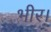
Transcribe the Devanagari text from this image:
भीर।